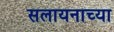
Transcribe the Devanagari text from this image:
सलायनाच्या